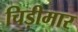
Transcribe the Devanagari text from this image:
चिड़ीमार